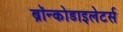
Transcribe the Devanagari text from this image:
ब्रॉन्कोडाइलेटर्स